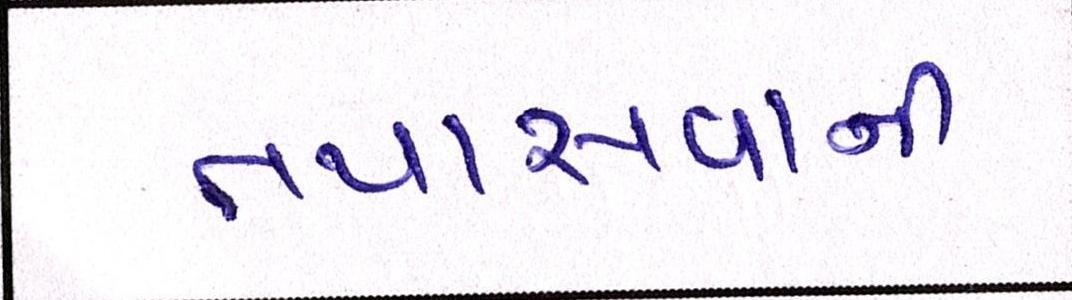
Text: તપાસવાની